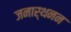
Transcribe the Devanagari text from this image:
जनार्थनन